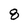
Character: 8